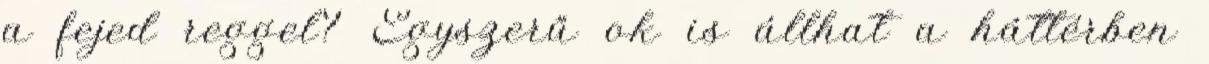
a fejed reggel? Egyszerű ok is állhat a háttérben